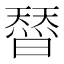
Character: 𭧣